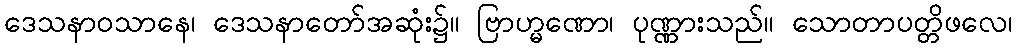
ဒေသနာဝသာနေ၊ ဒေသနာတော်အဆုံး၌။ ဗြာဟ္မဏော၊ ပုဏ္ဏားသည်။ သောတာပတ္တိဖလေ၊